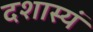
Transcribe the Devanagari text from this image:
दशास्यं